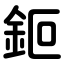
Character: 鉕